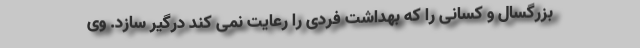
بزرگسال و کسانی را که بهداشت فردی را رعایت نمی کند درگیر سازد. وی